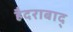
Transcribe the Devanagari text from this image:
हैदराबाद्